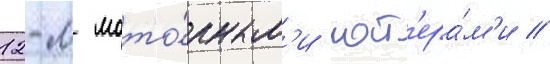
12-м мото́рным'и кат'ера́м'и //